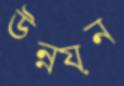
উন্নয়ন